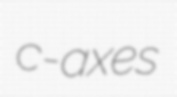
c-axes